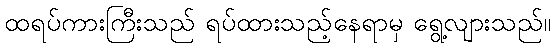
ထရပ်ကားကြီးသည် ရပ်ထားသည့်နေရာမှ ရွေ့လျားသည်။